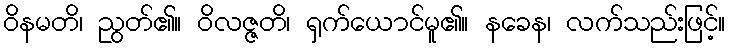
ဝိနမတိ၊ ညွတ်၏။ ဝိလဇ္ဇတိ၊ ရှက်ယောင်မူ၏။ နခေန၊ လက်သည်းဖြင့်။